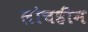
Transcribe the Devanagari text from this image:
लोचहीन